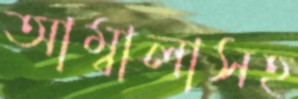
আম্বালাসহ